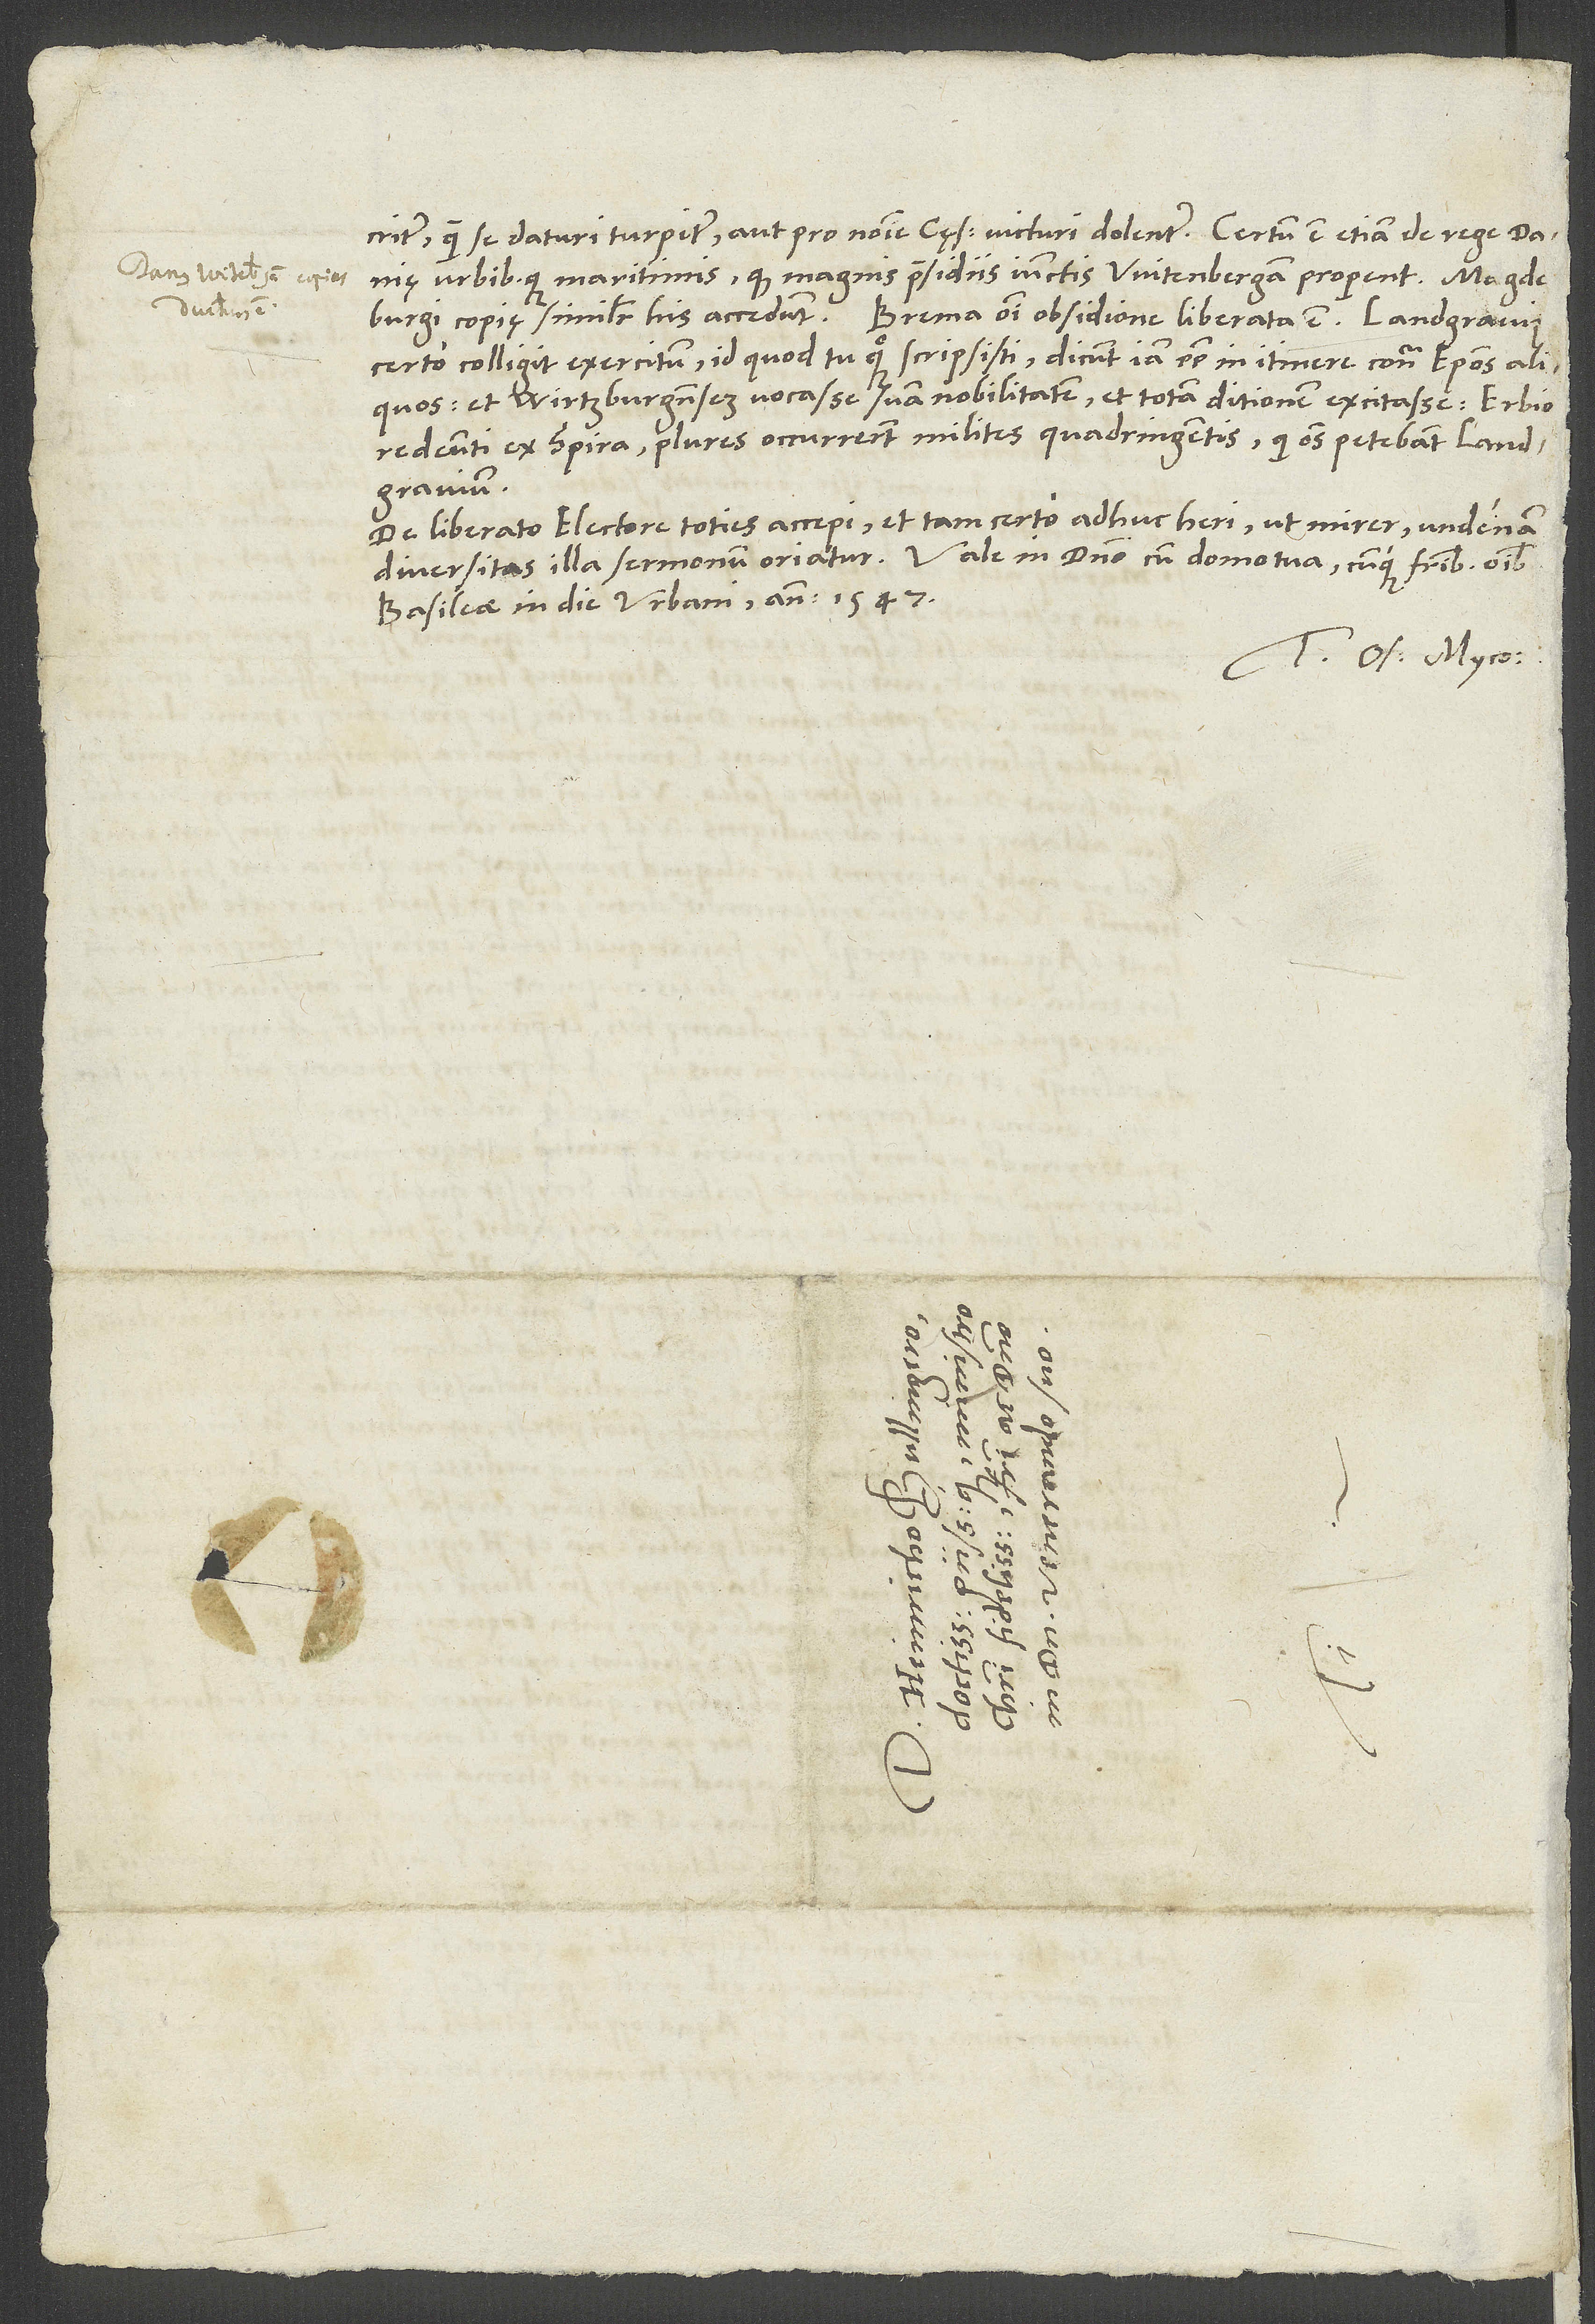
quam se daturi turpiter aut pro nomine cęsaris victuri dolenter. Certum est etiam de rege Danię
urbibusque maritimis, quod magnis praesidiis iunctis Witenbergam properent. Magdeburgi
copię similiter his accedunt.
Brema omni obsidione liberata est. Landgravius
certo colligit exercitum, id quod tu quoque scripsisti. Dicunt iam esse in itinere contra episcopos aliquos
et Wirtzburgensem vocasse suam nobilitatem et totam ditionem excitasse. Erbio
redeunti ex Spira plures occurrerunt milites quadringentis, qui omnes petebant landgravium.
De liberato electore toties accepi et tam certo adhuc heri, ut mirer, undenam
Basileae, in die Urbani anno 1547.
Tuus Os. Myco.
S.